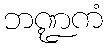
ဘဏ္ဍကံ